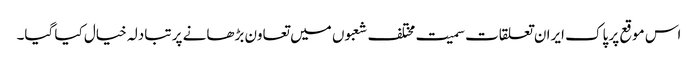
اس موقع پر پاک ایران تعلقات سمیت مختلف شعبوں میں تعاون بڑھانے پر تبادلہ خیال کیا گیا۔